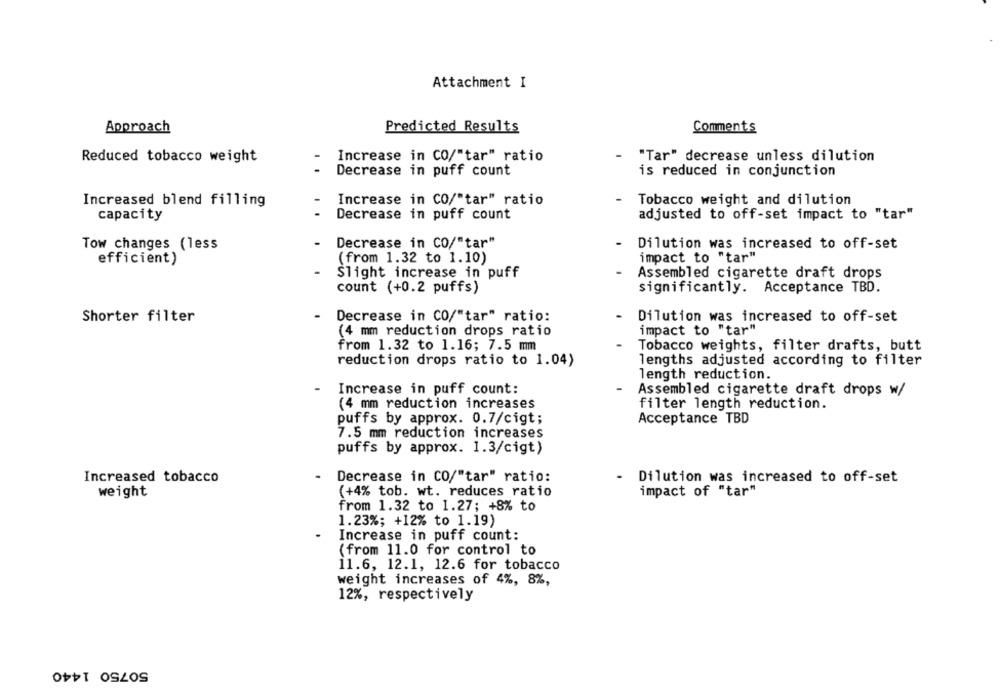
Attachment I
Approach
Predicted Results
Comments
Reduced tobacco weight
Increase in CO/"tar" ratio
"Tar" decrease unless dilution
Decrease in puff count
is reduced in conjunction
Increase in CO/"tar" ratio
Tobacco weight and dilution
Increased blend filling
Decrease in puff count
adjusted to off-set impact to "tar"
capacity
Tow changes (less
Decrease in CO/"tar"
Dilution was increased to off-set
efficient)
(from 1.32 to 1.10)
impact to "tar"
Slight increase in puff
Assembled cigarette draft drops
count (+0.2 puffs)
significantly. Acceptance TBD.
Shorter filter
Decrease in CO/"tar" ratio:
Dilution was increased to off-set
(4 mm reduction drops ratio
impact to "tar"
from 1.32 to 1.16; 7.5 mm
Tobacco weights, filter drafts, butt
reduction drops ratio to 1.04)
lengths adjusted according to filter
length reduction.
Increase in puff count:
Assembled cigarette draft drops w/
(4 mm reduction increases
filter length reduction.
puffs by approx. 0.7/cigt;
Acceptance TBD
7.5 mm reduction increases
puffs by approx. 1.3/cigt)
Decrease in CO/"tar" ratio:
Increased tobacco
Dilution was increased to off-set
weight
(+4% tob. wt. reduces ratio
impact of "tar"
from 1.32 to 1.27; +8% to
1.23%; +12% to 1.19)
Increase in puff count:
(from 11.0 for control to
11.6, 12.1, 12.6 for tobacco
weight increases of 4%, 8%,
12%, respectively
50750 1440